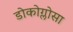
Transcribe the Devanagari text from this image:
डोकोग्लोसा